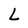
Character: L